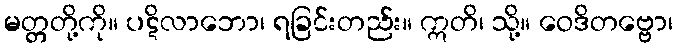
မတ္တတို့ကို။ ပဋိလာဘော၊ ရခြင်းတည်း။ ဣတိ၊ သို့။ ဝေဒိတဗ္ဗော၊